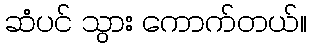
ဆံပင် သွား ကောက်တယ်။